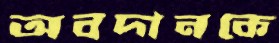
অবদানকে